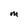
Character: M